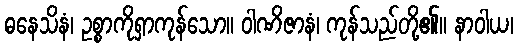
ဓနေသိနံ၊ ဥစ္စာကိုရှာကုန်သော။ ဝါဏိဇာနံ၊ ကုန်သည်တို့၏။ နာဝါယ၊